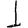
Digit: 1